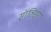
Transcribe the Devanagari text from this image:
सॉलिड्स